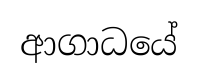
ආගාධයේ